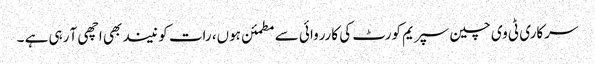
سرکاری ٹی وی چین سپریم کورٹ کی کارروائی سے مطمئن ہوں، رات کو نیند بھی اچھی آ رہی ہے ۔